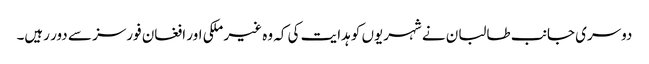
دوسری جانب طالبان نے شہریوں کو ہدایت کی کہ وہ غیر ملکی اور افغان فورسز سے دور رہیں۔